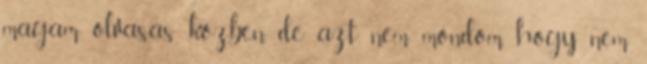
magam olvasás közben, de azt nem mondom, hogy nem